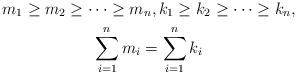
LaTeX: \begin{gather*} m_1\geq m_2\geq \cdots \geq m_n,k_1\geq k_2\geq \cdots \geq k_n, \\ \sum_{i=1}^nm_i= \sum_{i=1}^nk_i\end{gather*}